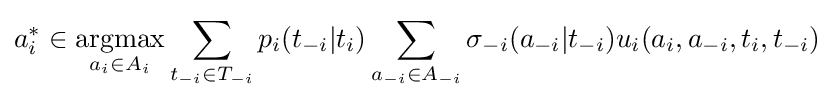
a_{i}^{*}\in {\underset {a_{i}\in A_{i}}{\operatorname {argmax} }}\sum _{t_{-i}\in T_{-i}}p_{i}(t_{-i}|t_{i})\sum _{a_{-i}\in A_{-i}}\sigma _{-i}(a_{-i}|t_{-i})u_{i}(a_{i},a_{-i},t_{i},t_{-i})